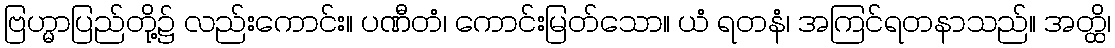
ဗြဟ္မာပြည်တို့၌ လည်းကောင်း။ ပဏီတံ၊ ကောင်းမြတ်သော။ ယံ ရတနံ၊ အကြင်ရတနာသည်။ အတ္ထိ၊